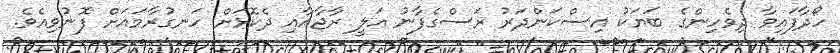
ހޯދާފައިވާ ދިވެހިންގެ ބަޔަކު އިސްކަންދަރު ރަސްގެފާނު ޢަލީ ރާޖާއާއި ދެކޮޅަށް ހަނގުރާމައަށް ފޮނުވިއެވެ.